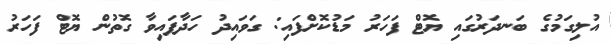
އުލިގަމުގެ ބަނދަރުގައި ޔޮޓް ފަހަރު މަޑުކޮށްފައި: ގަވައިދު ހަދާފައިވާ ގޮތުން ޔޮޓް ފަހަރު